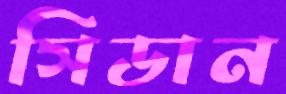
সিডান